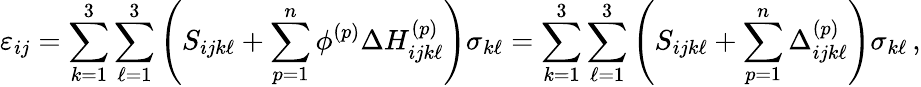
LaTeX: \varepsilon_{ij}=\sum_{k=1}^{3}\sum_{\ell=1}^{3}\left(S_{ijk\ell}+\sum_{p=1}^{n}\phi^{(p)}\Delta H_{ijk\ell}^{(p)}\right)\sigma_{k\ell}=\sum_{k=1}^{3}\sum_{\ell=1}^{3}\left(S_{ijk\ell}+\sum_{p=1}^{n}\Delta_{ijk\ell}^{(p)}\right)\sigma_{k\ell}\, ,